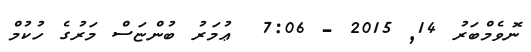
ނޮވެމްބަރު 14